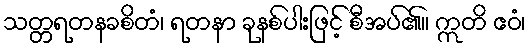
သတ္တရတနခစိတံ၊ ရတနာ ခုနစ်ပါးဖြင့် စီအပ်၏။ ဣတိ ဧဝံ၊